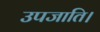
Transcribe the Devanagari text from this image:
उपजाति।